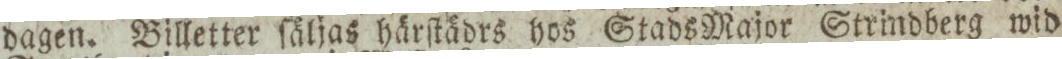
dagen. Billetter ſäljas härſtädrs hos Stads Major Strindberg wid